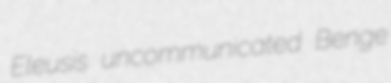
Eleusis uncommunicated Benge